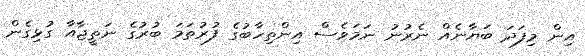
އިން މިފަދަ ބަޔާނެއް ނެރުނު ނަމަވެސް އިންތިހާބުގެ ފުރުތަމަ ބުރުގެ ނަތީޖާއާ ގުޅިގެން